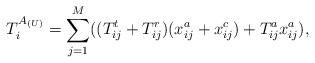
LaTeX: \begin{align*} T^{{A}_{(U)}}_{i}=\sum_{j=1}^M((T^{t}_{ij}+T^{r}_{ij})(x^a_{ij}+x^c_{ij})+T^{a}_{ij}x^a_{ij}),\end{align*}